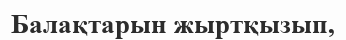
Балақтарын жыртқызып,